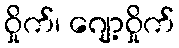
ဝှိုက်၊ ဂျော့ဝှိုက်